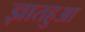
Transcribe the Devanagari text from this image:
ज्ञातहुआ